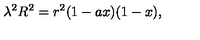
{ \lambda } ^ { 2 } R ^ { 2 } = r ^ { 2 } ( 1 - a x ) ( 1 - x ) ,